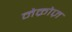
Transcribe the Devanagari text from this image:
नेक्रोज़